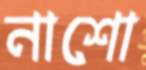
নাশো